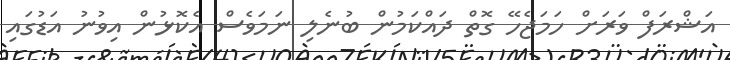
އަޝްރަފް ވަރަށް ހަމަޖެހޭ ގޮތް ދައްކަމުން ބުނެލި ނަމަވެސް އެކޮޅުން އިވުނު އަޑުގައި